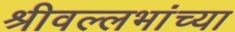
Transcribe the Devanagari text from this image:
श्रीवल्लभांच्या